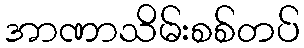
အာဏာသိမ်းစစ်တပ်